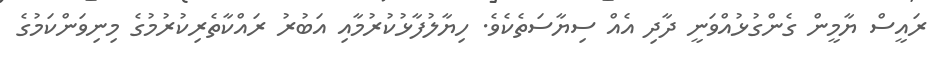
ރައީސް ޔާމީން ގެންގުޅުއްވަނީ ދާދި އެއް ސިޔާސަތެެކެވެ. ހިޔާލުފާޅުކުރުމާއި އަބުރު ރައްކާތެރިކުރުމުގެ މިނިވަންކަމުގެ